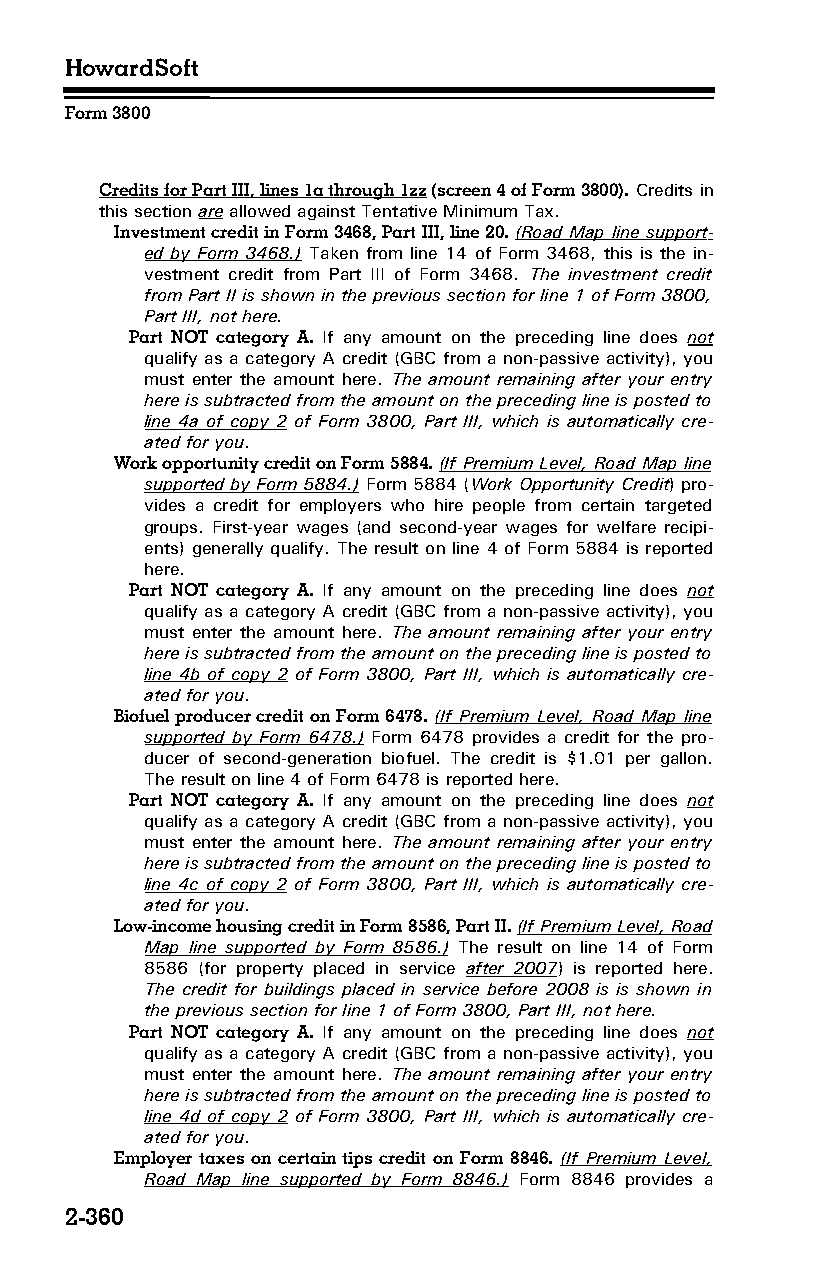
HowardSoft
 Form 3800
 Credits for Part III, lines 1a through 1zz (screen 4 of Form 3800). Credits in
 this section are allowed against Tentative Minimum Tax.
 Investment credit in Form 3468, Part III, line 20. (Road Map line support­
 ed by Form 3468.) Taken from line 14 of Form 3468, this is the in­
 vestment credit from Part III of Form 3468. The investment credit
 from Part II is shown in the previous section for line 1 of Form 3800,
 Part III, not here.
 Part NOT category A. If any amount on the preceding line does not
 qualify as a category A credit (GBC from a non-passive activity), you
 must enter the amount here. The amount remaining after your entry
 here is subtracted from the amount on the preceding line is posted to
 line 4a of copy 2 of Form 3800, Part III, which is automatically cre­
 ated for you.
 Work opportunity credit on Form 5884. (If Premium Level, Road Map line
 supported by Form 5884.) Form 5884 (Work Opportunity Credit) pro­
 vides a credit for employers who hire people from certain targeted
 groups. First-year wages (and second-year wages for welfare recipi­
 ents) generally qualify. The result on line 4 of Form 5884 is reported
 here.
 Part NOT category A. If any amount on the preceding line does not
 qualify as a category A credit (GBC from a non-passive activity), you
 must enter the amount here. The amount remaining after your entry
 here is subtracted from the amount on the preceding line is posted to
 line 4b of copy 2 of Form 3800, Part III, which is automatically cre­
 ated for you.
 Biofuel producer credit on Form 6478. (If Premium Level, Road Map line
 supported by Form 6478.) Form 6478 provides a credit for the pro­
 ducer of second-generation biofuel. The credit is $1.01 per gallon.
 The result on line 4 of Form 6478 is reported here.
 Part NOT category A. If any amount on the preceding line does not
 qualify as a category A credit (GBC from a non-passive activity), you
 must enter the amount here. The amount remaining after your entry
 here is subtracted from the amount on the preceding line is posted to
 line 4c of copy 2 of Form 3800, Part III, which is automatically cre­
 ated for you.
 Low-income housing credit in Form 8586, Part II. (If Premium Level, Road
 Map line supported by Form 8586.) The result on line 14 of Form
 8586 (for property placed in service after 2007) is reported here.
 The credit for buildings placed in service before 2008 is is shown in
 the previous section for line 1 of Form 3800, Part III, not here.
 Part NOT category A. If any amount on the preceding line does not
 qualify as a category A credit (GBC from a non-passive activity), you
 must enter the amount here. The amount remaining after your entry
 here is subtracted from the amount on the preceding line is posted to
 line 4d of copy 2 of Form 3800, Part III, which is automatically cre­
 ated for you.
 Employer taxes on certain tips credit on Form 8846. (If Premium Level,
 Road Map line supported by Form 8846.) Form 8846 provides a
 2-360